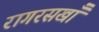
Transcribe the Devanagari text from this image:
रागरसखाँ